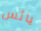
يائس